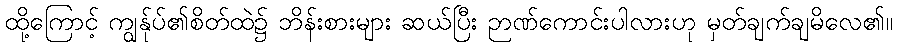
ထို့ကြောင့် ကျွန်ုပ်၏စိတ်ထဲ၌ ဘိန်းစားများ ဆယ်ပြီး ဉာဏ်ကောင်းပါလားဟု မှတ်ချက်ချမိလေ၏။